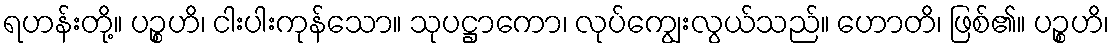
ရဟန်းတို့။ ပဉ္စဟိ၊ ငါးပါးကုန်သော။ သုပဋ္ဌာကော၊ လုပ်ကျွေးလွယ်သည်။ ဟောတိ၊ ဖြစ်၏။ ပဉ္စဟိ၊